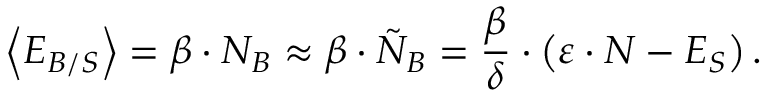
\quad \: \left< E _ { B / S } \right> = \beta \cdot N _ { B } \approx \beta \cdot \tilde { N } _ { B } = \frac { \beta } { \delta } \cdot \left( \varepsilon \cdot N - E _ { S } \right) .